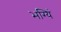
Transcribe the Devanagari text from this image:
भग्यिं